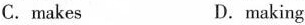
C.makes D.making